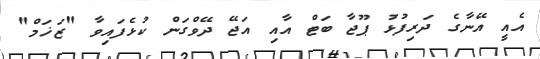
އެއީ އޭނާގެ ދަރިފުޅު ޕޫޖާ ބަޓް އާއި އަޖޭ ދޭވްގަން ކުޅެފައިވާ "ޒަޚަމް"